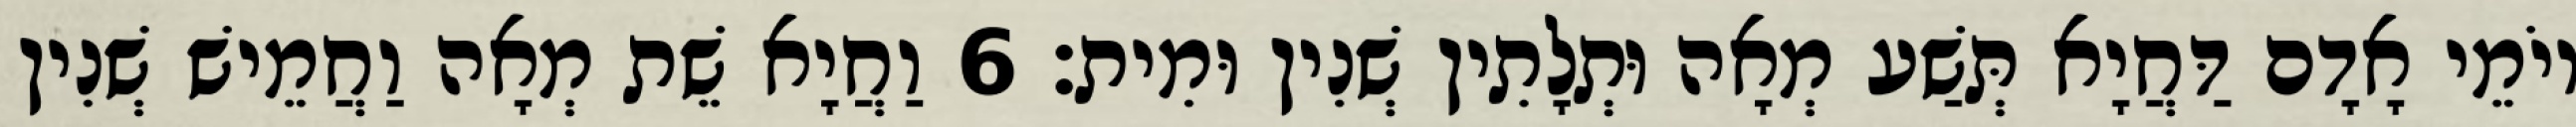
יוֹמֵי אָדָם דַּחֲיָא תְּשַׁע מְאָה וּתְלָתִין שְׁנִין וּמִית׃ 6 וַחֲיָא שֵׁת מְאָה וַחֲמֵישׁ שְׁנִין